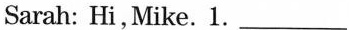
Sarah: Hi,Mike. 1.___